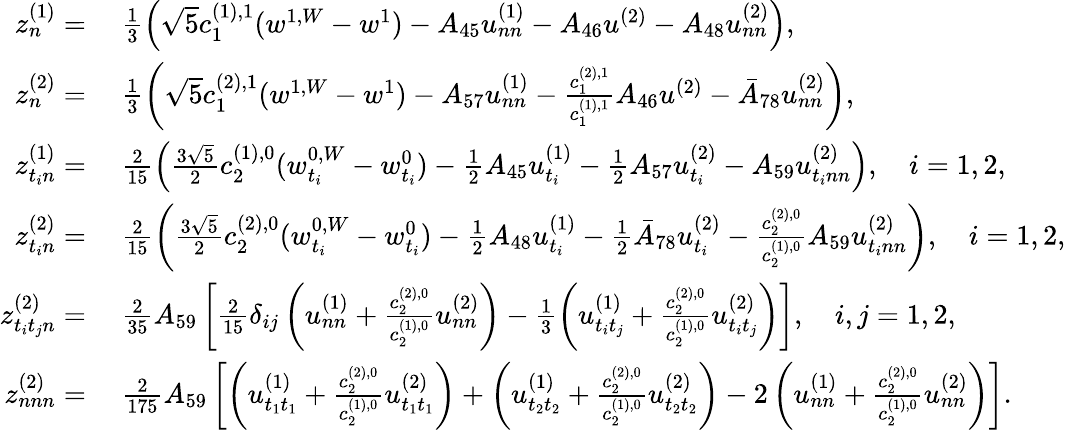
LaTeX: \begin{array}{rl}{z_{n}^{(1)}=}&{\ \frac{1}{3}\left(\sqrt{5}c_{1}^{(1),1}(w^{1,W}-w^{1})-A_{45}u_{nn}^{(1)}-A_{46}u^{(2)}-A_{48}u_{nn}^{(2)}\right),}\\ {z_{n}^{(2)}=}&{\ \frac{1}{3}\left(\sqrt{5}c_{1}^{(2),1}(w^{1,W}-w^{1})-A_{57}u_{nn}^{(1)}-\frac{c_{1}^{(2),1}}{c_{1}^{(1),1}}A_{46}u^{(2)}-\bar{A}_{78}u_{nn}^{(2)}\right),}\\ {z_{t_{i}n}^{(1)}=}&{\ \frac{2}{15}\left(\frac{3\sqrt{5}}{2}c_{2}^{(1),0}(w_{t_{i}}^{0,W}-w_{t_{i}}^{0})-\frac{1}{2}A_{45}u_{t_{i}}^{(1)}-\frac{1}{2}A_{57}u_{t_{i}}^{(2)}-A_{59}u_{t_{i}nn}^{(2)}\right),\quad i=1,2,}\\ {z_{t_{i}n}^{(2)}=}&{\ \frac{2}{15}\left(\frac{3\sqrt{5}}{2}c_{2}^{(2),0}(w_{t_{i}}^{0,W}-w_{t_{i}}^{0})-\frac{1}{2}A_{48}u_{t_{i}}^{(1)}-\frac{1}{2}\bar{A}_{78}u_{t_{i}}^{(2)}-\frac{c_{2}^{(2),0}}{c_{2}^{(1),0}}A_{59}u_{t_{i}nn}^{(2)}\right),\quad i=1,2,}\\ {z_{t_{i}t_{j}n}^{(2)}=}&{\ \frac{2}{35}A_{59}\left[\frac{2}{15}\delta_{ij}\left(u_{nn}^{(1)}+\frac{c_{2}^{(2),0}}{c_{2}^{(1),0}}u_{nn}^{(2)}\right)-\frac{1}{3}\left(u_{t_{i}t_{j}}^{(1)}+\frac{c_{2}^{(2),0}}{c_{2}^{(1),0}}u_{t_{i}t_{j}}^{(2)}\right)\right],\quad i,j=1,2,}\\ {z_{nnn}^{(2)}=}&{\ \frac{2}{175}A_{59}\left[\left(u_{t_{1}t_{1}}^{(1)}+\frac{c_{2}^{(2),0}}{c_{2}^{(1),0}}u_{t_{1}t_{1}}^{(2)}\right)+\left(u_{t_{2}t_{2}}^{(1)}+\frac{c_{2}^{(2),0}}{c_{2}^{(1),0}}u_{t_{2}t_{2}}^{(2)}\right)-2\left(u_{nn}^{(1)}+\frac{c_{2}^{(2),0}}{c_{2}^{(1),0}}u_{nn}^{(2)}\right)\right].}\end{array}